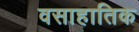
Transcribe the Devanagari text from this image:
वसाहातिक